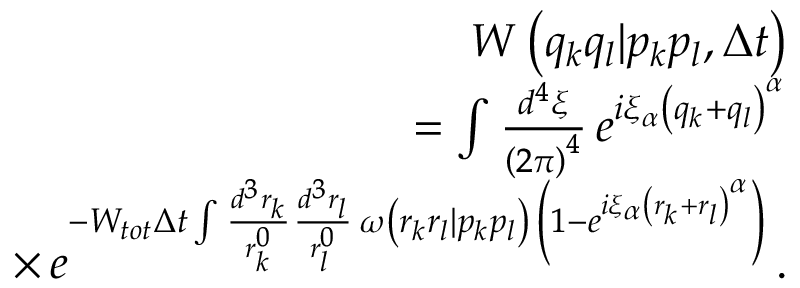
\begin{array} { r l r } & { } & { W \left( q _ { k } q _ { l } | p _ { k } p _ { l } , \Delta t \right) } \\ & { } & { = \int \frac { d ^ { 4 } \xi } { \left( 2 \pi \right) ^ { 4 } } \, e ^ { i \xi _ { \alpha } \left( q _ { k } + q _ { l } \right) ^ { \alpha } } } \\ & { } & { \times \, e ^ { - W _ { t o t } \Delta t \int \frac { d ^ { 3 } r _ { k } } { r _ { k } ^ { 0 } } \frac { d ^ { 3 } r _ { l } } { r _ { l } ^ { 0 } } \, \omega \left( r _ { k } r _ { l } | p _ { k } p _ { l } \right) \, \left( 1 - e ^ { i \xi _ { \alpha } \left( r _ { k } + r _ { l } \right) ^ { \alpha } } \right) } \, . } \end{array}